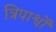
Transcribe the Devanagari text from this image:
त्रिपार्श्वों